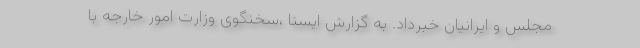
مجلس و ایرانیان خبرداد. به گزارش ایسنا ،سخنگوی وزارت امور خارجه با